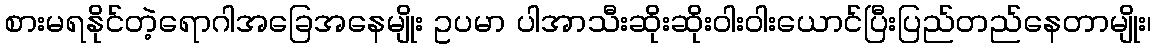
စားမရနိုင်တဲ့ရောဂါအခြေအနေမျိုး ဥပမာ ပါအာသီးဆိုးဆိုး၀ါး၀ါးယောင်ပြီးပြည်တည်နေတာမျိုး၊